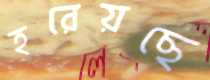
হরেয়ছে